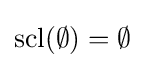
\operatorname {scl} (\emptyset )=\emptyset